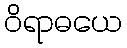
ဝိရာဓယေ